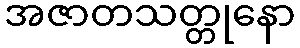
အဇာတသတ္တုနော